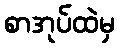
စာအုပ်ထဲမှ